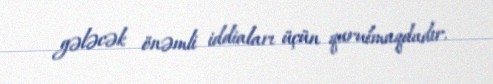
gələcək önəmli iddiaları üçün qurulmaqdadır.